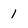
Character: 1